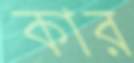
কার